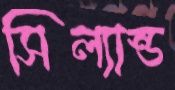
সিল্যান্ড